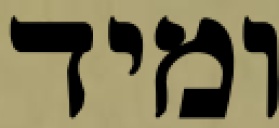
ומיד